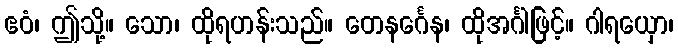
ဧဝံ၊ ဤသို့။ သော၊ ထိုရဟန်းသည်။ တေနင်္ဂေန၊ ထိုအင်္ဂါဖြင့်။ ဂါရယှော၊